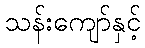
သန်းကျော်နှင့်